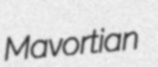
Mavortian